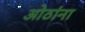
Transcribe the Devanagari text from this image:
ओठांना